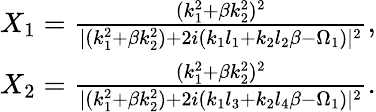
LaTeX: \begin{array}{r}{X_{1}=\frac{(k_{1}^{2}+\beta k_{2}^{2})^{2}}{\lvert(k_{1}^{2}+\beta k_{2}^{2})+2i(k_{1}l_{1}+k_{2}l_{2}\beta-\Omega_{1})\rvert^{2}},}\\ {X_{2}=\frac{(k_{1}^{2}+\beta k_{2}^{2})^{2}}{\lvert(k_{1}^{2}+\beta k_{2}^{2})+2i(k_{1}l_{3}+k_{2}l_{4}\beta-\Omega_{1})\rvert^{2}}.}\end{array}